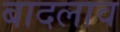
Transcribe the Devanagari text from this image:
बादलाव